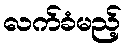
လက်ခံမည့်